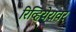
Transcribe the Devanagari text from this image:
रिव्हियेरावर